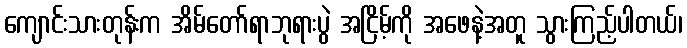
ကျောင်းသားတုန်းက အိမ်တော်ရာဘုရားပွဲ အငြိမ့်ကို အဖေနဲ့အတူ သွားကြည့်ပါတယ်၊